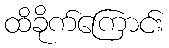
ထိခိုက်ကြောင်း